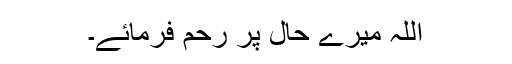
اللہ میرے حال پر رحم فرمائے۔